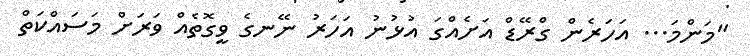
"މަންމަ... އަހަރެން ގްރޭޑް އަށެއްގަ އުޅުނު އަހަރު ނޭނގެ ވީގޮތެއް ވަރަށް މަސައްކަތް